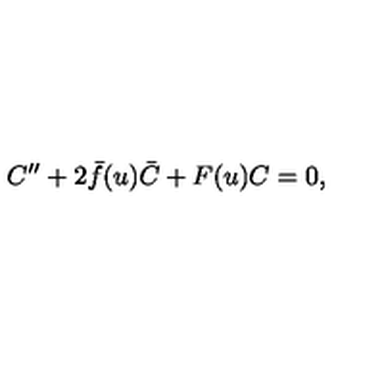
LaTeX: C ^ { \prime \prime } + 2 \bar { f } ( u ) \bar { C } + F ( u ) C = 0 ,